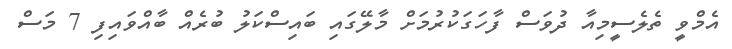
އެމްވީ ތެލެސީމިއާ ދުވަސް ފާހަގަކުރުމަށް މާލޭގައި ބައިސްކަލު ބުރެއް ބާއްވައިފި 7 މަސް